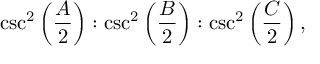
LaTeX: \csc ^ { 2 } \left( { \frac { A } { 2 } } \right) : \csc ^ { 2 } \left( { \frac { B } { 2 } } \right) : \csc ^ { 2 } \left( { \frac { C } { 2 } } \right) ,